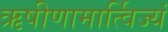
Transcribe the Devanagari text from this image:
ऋषीणामार्त्विज्यं